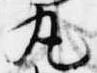
丸